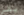
يقص